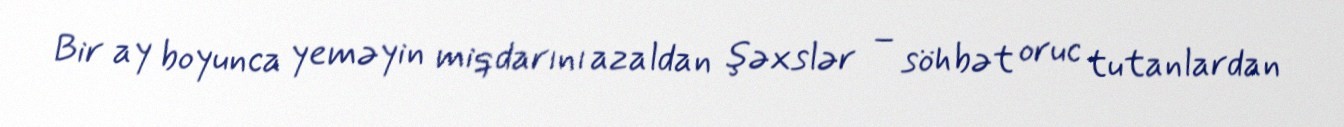
Bir ay boyunca yeməyin miqdarını azaldan şəxslər – söhbət oruc tutanlardan